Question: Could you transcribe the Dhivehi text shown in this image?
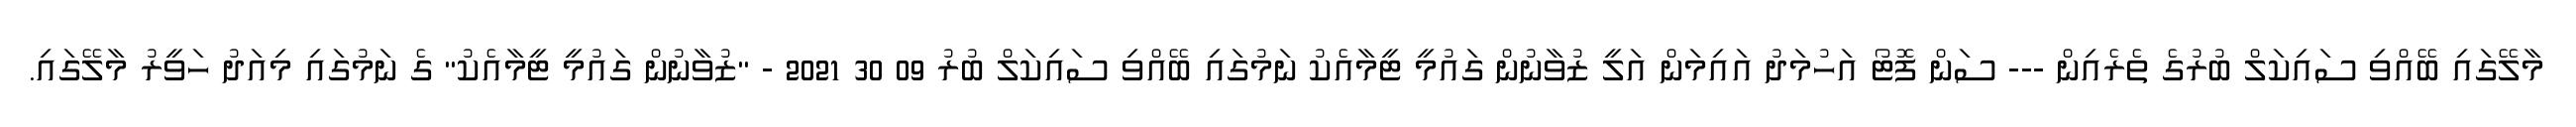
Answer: މާލޭގައި ބޭއްވި ސައިކަލް ބުރުގެ ތެރެއިން --- ސަން ފޮޓޯ އަހުމަދު އައިމަން އަލީ ޒުވާނުން ގައުމީ ޓީމާއެކު ނަމުގައި ބޭއްވި ސައިކަލް ބުރު 09 30 2021 - "ޒުވާނުން ގައުމީ ޓީމާއެކު" ގެ ނަމުގައި މިއަދު ހަވީރު މާލޭގައި.